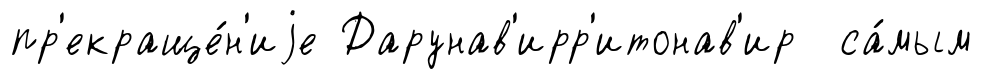
пр'екраще́н'иjе Дарунав'ирр'итонав'ир са́мым